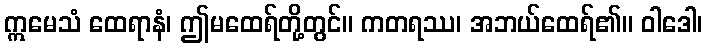
ဣမေသံ ထေရာနံ၊ ဤမထေရ်တို့တွင်။ ကတရဿ၊ အဘယ်ထေရ်၏။ ဝါဒေါ၊